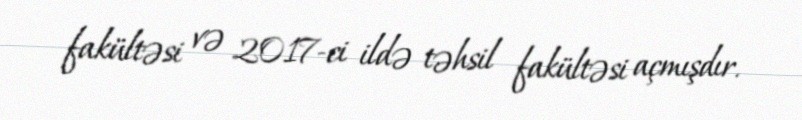
fakültəsi və 2017-ci ildə təhsil fakültəsi açmışdır.